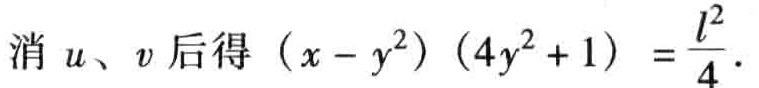
消 \(u、v\) 后得 \((x - y^{2})(4y^{2} + 1) = \frac{l^{2}}{4}\).